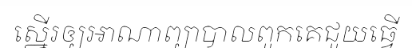
ស្នើរឲ្យអាណាព្យាបាលពួកគេជួយធ្វើ